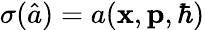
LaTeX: \sigma(\hat{a})=a(\mathbf{x},\mathbf{p},\hbar)